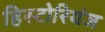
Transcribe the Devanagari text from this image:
हिस्टोरियंज